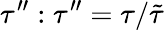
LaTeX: \tau^{\prime\prime}:\tau^{\prime\prime}=\tau/\tilde{\tau}